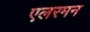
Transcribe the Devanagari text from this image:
एलरमन